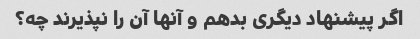
اگر پیشنهاد دیگری بدهم و آنها آن را نپذیرند چه؟